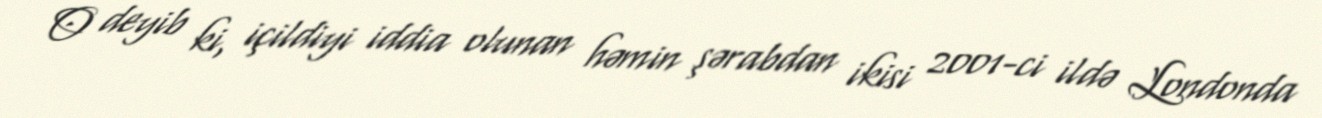
O deyib ki, içildiyi iddia olunan həmin şərabdan ikisi 2001-ci ildə Londonda